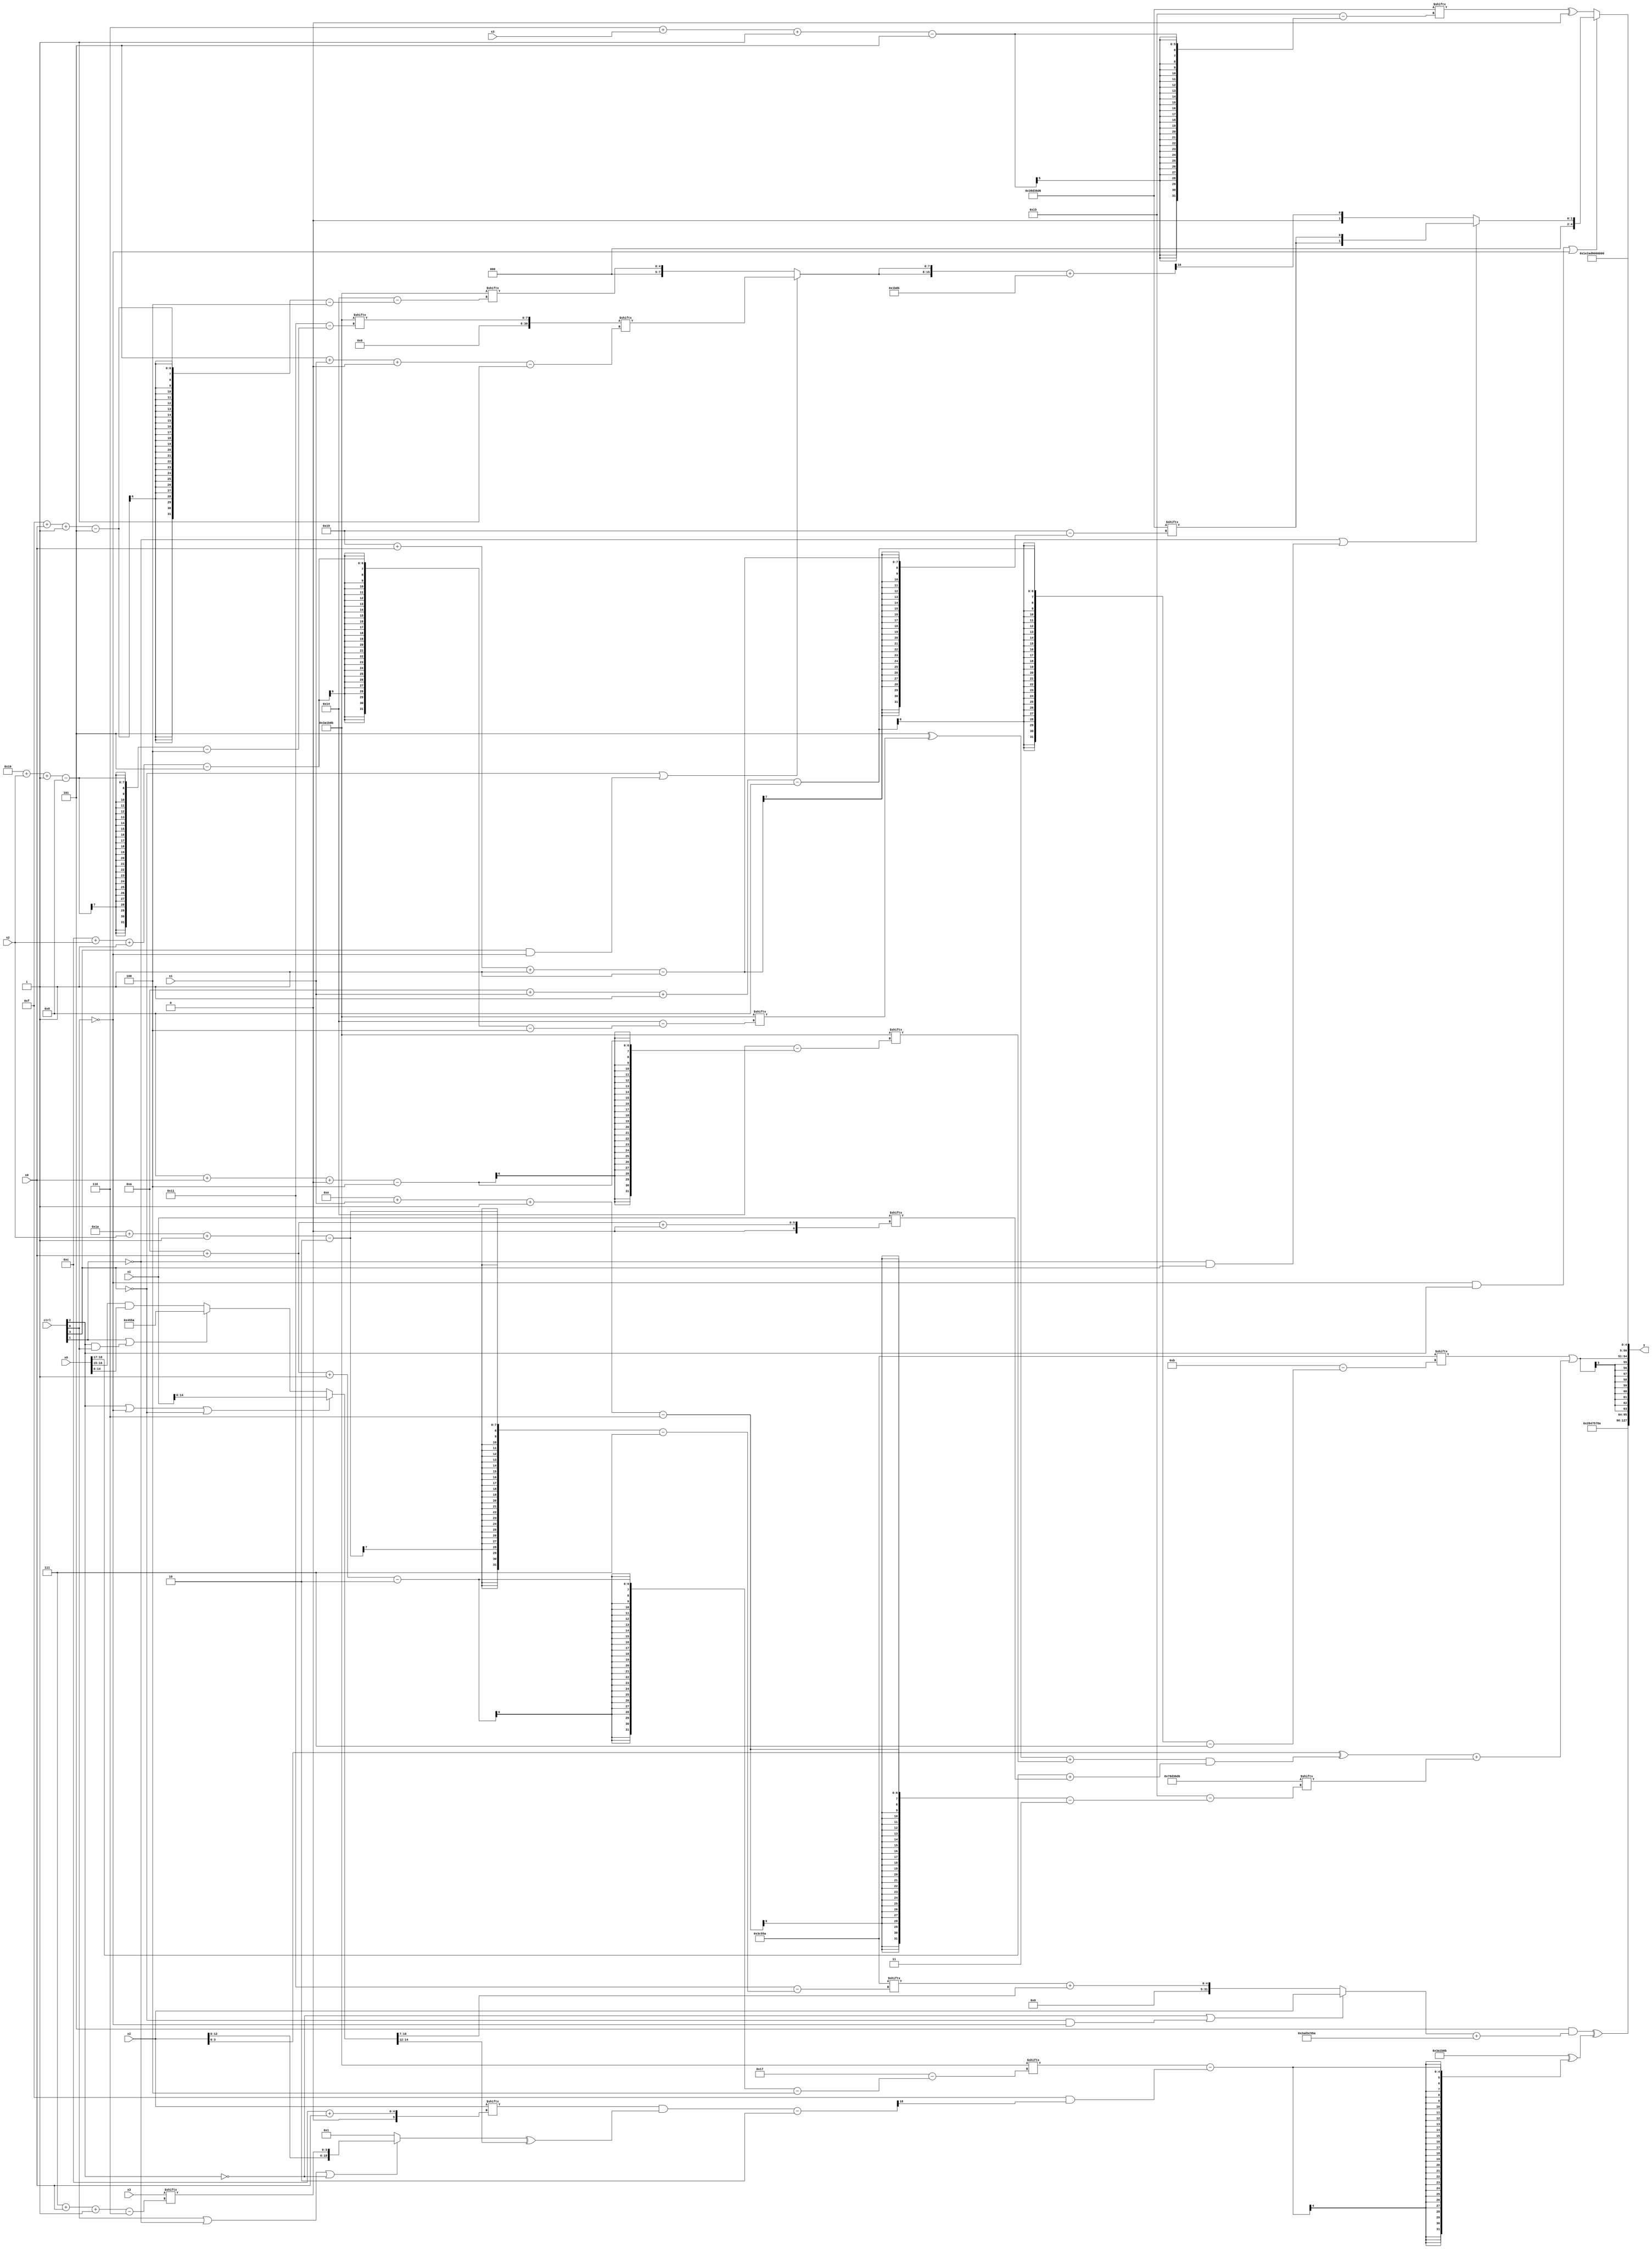
module partsel_00475(ctrl, s0, s1, s2, s3, x0, x1, x2, x3, y);
  input [3:0] ctrl;
  input [2:0] s0;
  input [2:0] s1;
  input [2:0] s2;
  input [2:0] s3;
  input [31:0] x0;
  input signed [31:0] x1;
  input [31:0] x2;
  input signed [31:0] x3;
  wire [3:29] x4;
  wire signed [7:27] x5;
  wire [5:30] x6;
  wire [7:29] x7;
  wire signed [25:7] x8;
  wire [7:31] x9;
  wire signed [26:4] x10;
  wire [31:1] x11;
  wire [28:0] x12;
  wire [5:28] x13;
  wire signed [31:0] x14;
  wire [2:27] x15;
  output [127:0] y;
  wire signed [31:0] y0;
  wire [31:0] y1;
  wire signed [31:0] y2;
  wire [31:0] y3;
  assign y = {y0,y1,y2,y3};
  localparam [26:1] p0 = 407328650;
  localparam signed [0:25] p1 = 663566038;
  localparam signed [7:25] p2 = 810272090;
  localparam signed [4:28] p3 = 842668811;
  assign x4 = p1;
  assign x5 = x3[10 + s0 -: 8];
  assign x6 = (ctrl[2] || !ctrl[0] || !ctrl[3] ? x1 : (ctrl[1] || ctrl[2] && ctrl[0] ? p2 : (x0[15 +: 2] & {2{x0}})));
  assign x7 = ((x2[12 + s0] & ((ctrl[0] || !ctrl[1] || !ctrl[2] ? {x2, x3[7 + s0 -: 6]} : p0[18]) ^ x6[16 +: 3])) - p0[14 -: 3]);
  assign x8 = x5[16 -: 1];
  assign x9 = x1[10 + s0 +: 2];
  assign x10 = {(p2[10 + s1 -: 8] | ((x2 ^ (((p3[17 +: 3] ^ p3[12 + s2 -: 5]) + p3[8 + s0 +: 5]) & (x0[17 +: 2] + x9))) + x4[14 + s1 -: 6])), p2};
  assign x11 = p3[16 + s2 -: 8];
  assign x12 = x3[23 -: 1];
  assign x13 = ({2{(!ctrl[3] || ctrl[3] && !ctrl[0] ? x11[5 + s1 +: 8] : p3[15 + s0 -: 5])}} + {2{p3}});
  assign x14 = (p3[16 -: 4] - {x9[12 + s3], x6[27 + s3 -: 1]});
  assign x15 = p1[15 -: 3];
  assign y0 = {2{p0}};
  assign y1 = ((x15 & ({2{(!ctrl[2] || !ctrl[3] && !ctrl[0] ? x2 : (p2[26 + s2 -: 2] + x6[23 -: 4]))}} + {{p3[16], x7}, {2{p2}}})) ^ (p3 ^ (p3[10 + s0 -: 2] - (p2[8 +: 4] & x7[11 +: 1]))));
  assign y2 = x10;
  assign y3 = (!ctrl[0] && ctrl[2] || !ctrl[0] ? (!ctrl[1] || !ctrl[1] && ctrl[3] ? {2{p1[25 + s0 -: 1]}} : x13[12 -: 1]) : (p1[6 + s3 -: 5] ^ {2{x8[17 +: 3]}}));
endmodule